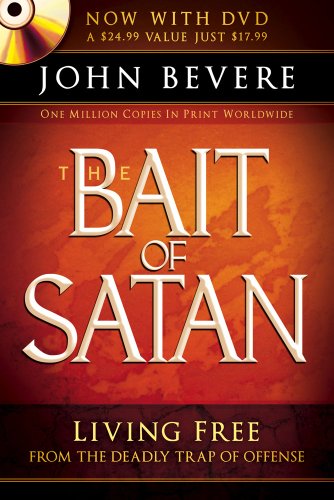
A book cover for The Bait of Satan (Book with DVD): Living free from the deadly trap of offense; John Bevere; Christian Books & Bibles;